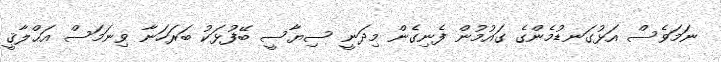
ނަމަވެސް އަޅުގަނޑުމެންގެ ގައުމުން ފެނިގެން މިދަނީ ސިޔާސީ ބޭފުޅަކު ބަރަހަނާ ވިނަމަސް އަޙްލާޤީ